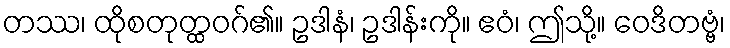
တဿ၊ ထိုစတုတ္ထဝဂ်၏။ ဥဒါနံ၊ ဥဒါန်းကို။ ဧဝံ၊ ဤသို့။ ဝေဒိတဗ္ဗံ၊